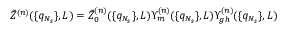
\tilde { Z } ^ { ( n ) } ( \{ q _ { N _ { s } } \} , L ) = \tilde { Z } _ { 0 } ^ { ( n ) } ( \{ q _ { N _ { s } } \} , L ) \Upsilon _ { m } ^ { ( n ) } ( \{ q _ { N _ { s } } \} , L ) \Upsilon _ { g h } ^ { ( n ) } ( \{ q _ { N _ { s } } \} , L )